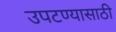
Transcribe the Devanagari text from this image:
उपटण्यासाठी